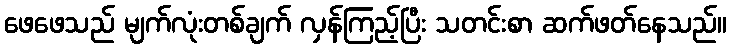
ဖေဖေသည် မျက်လုံးတစ်ချက် လှန်ကြည့်ပြီး သတင်းစာ ဆက်ဖတ်နေသည်။